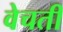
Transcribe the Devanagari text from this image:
वेचती